Civil Veterinary Dept. Bombay admin report 1893-99 - 1893-1899
Year: 1893
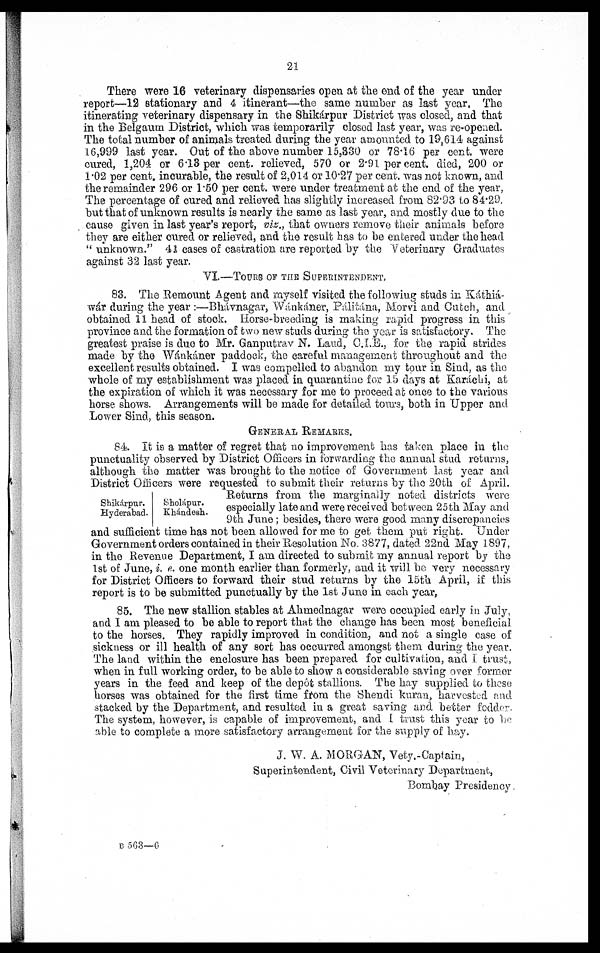
21
There were 16 veterinary dispensaries open at the end of the year under
report—12 stationary and 4 itinerant—the same number as last year. The
itinerating veterinary dispensary in the Shikárpur District was closed, and that
in the Belgaum District, which was temporarily closed last year, was re-opened.
The total number of animals treated during the year amounted to 19,614 against
16,999 last year. Out of the above number 15,330 or 78.16 per cent. were
cured, 1,204 or 6.13 per cent. relieved, 570 or 2.91 per cent. died, 200 or
1.02 per cent. incurable, the result of 2,014 or 10.27 per cent. was not known, and
the remainder 296 or 1.50 per cent. were under treatment at the end of the year,
The percentage of cured and relieved has slightly increased from 82.93 to 84.29.
but that of unknown results is nearly the same as last year, and mostly due to the
cause given in last year's report, viz., that owners remove their animals before
they are either cured or relieved, and the result has to be entered under the head
"unknown." 41 cases of castration are reported by the Veterinary Graduates
against 32 last year.
VI.—TOURS OF THE SUPRINTENDENT.
83. The Remount Agent and myself visited the following studs in Káthiá-
wár during the year:—Bhávnagar, Wánkáner, Pálitána, Morvi and Cutch, and
obtained 11 head of stock. Horse-breeding is making rapid progress in this
province and the formation of two new studs during the year is satisfactory. The
greatest praise is due to Mr. Ganputrav N. Laud, C.I.E., for the rapid strides
made by the Wánkáner paddock, the careful management throughout and the
excellent results obtained. I was compelled to abandon my tour in Sind, as the
whole of my establishment was placed in quarantine for 15 days at Karáchi, at
the expiration of which it was necessary for me to proceed at once to the various
horse shows. Arrangements will be made for detailed tours, both in Upper and
Lower Sind, this season.
GENERAL REMARKS.
Shikárpur.
Hyderabad.
Sholápur.
Khándesh.
84. It is a matter of regret that no improvement has taken place in the
punctuality observed by District Officers in forwarding the annual stud returns,
although the matter was brought to the notice of Government last year and
District Officers were requested to submit their returns by the 20th of April.
Returns from the marginally noted districts were
especially late and were received between 25th May and
9th June; besides, there were good many discrepancies
and sufficient time has not been allowed for me to get them put right. Under
Government orders contained in their Resolution No. 3877, dated 22nd May 1897,
in the Revenue Department, I am directed to submit my annual report by the
1st of June, i. e.. one month earlier than formerly, and it will be very necessary
for District Officers to forward their stud returns by the 15th April, if this
report is to be submitted punctually by the 1st June in each year,
85. The new stallion stables at Ahmednagar were occupied early in July,
and I am pleased to be able to report that the change has been most beneficial
to the horses. They rapidly improved in condition, and not a single case of
sickness or ill health of any sort has occurred amongst them during the year.
The land within the enclosure has been prepared for cultivation, and I trust,
when in full working order, to be able to show a considerable saving over former
years in the feed and keep of the depôt stallions. The hay supplied to these
horses was obtained for the first time from the Shendi kuran, harvested and
stacked by the Department, and resulted in a great saving and better fodder
The system, however, is capable of improvement, and I trust this year to be
able to complete a more satisfactory arrangement for the supply of hay.
J. W. A. MORGAN, Vety.-Captain,
Superintendent, Civil Veterinary Department,
Bombay Presidency.
B 563—6